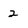
Character: 2